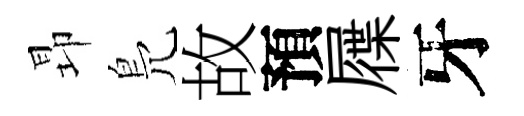
昻鳬故預屧牙